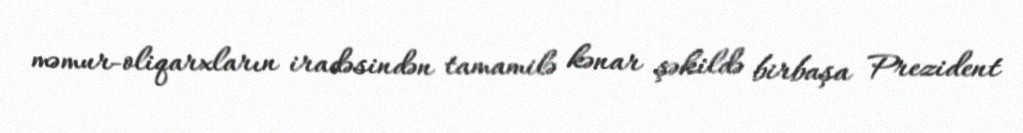
məmur-oliqarxların iradəsindən tamamilə kənar şəkildə birbaşa Prezident